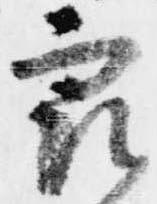
衆